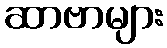
ဆာဗာများ